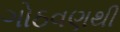
ગોઠવણથી